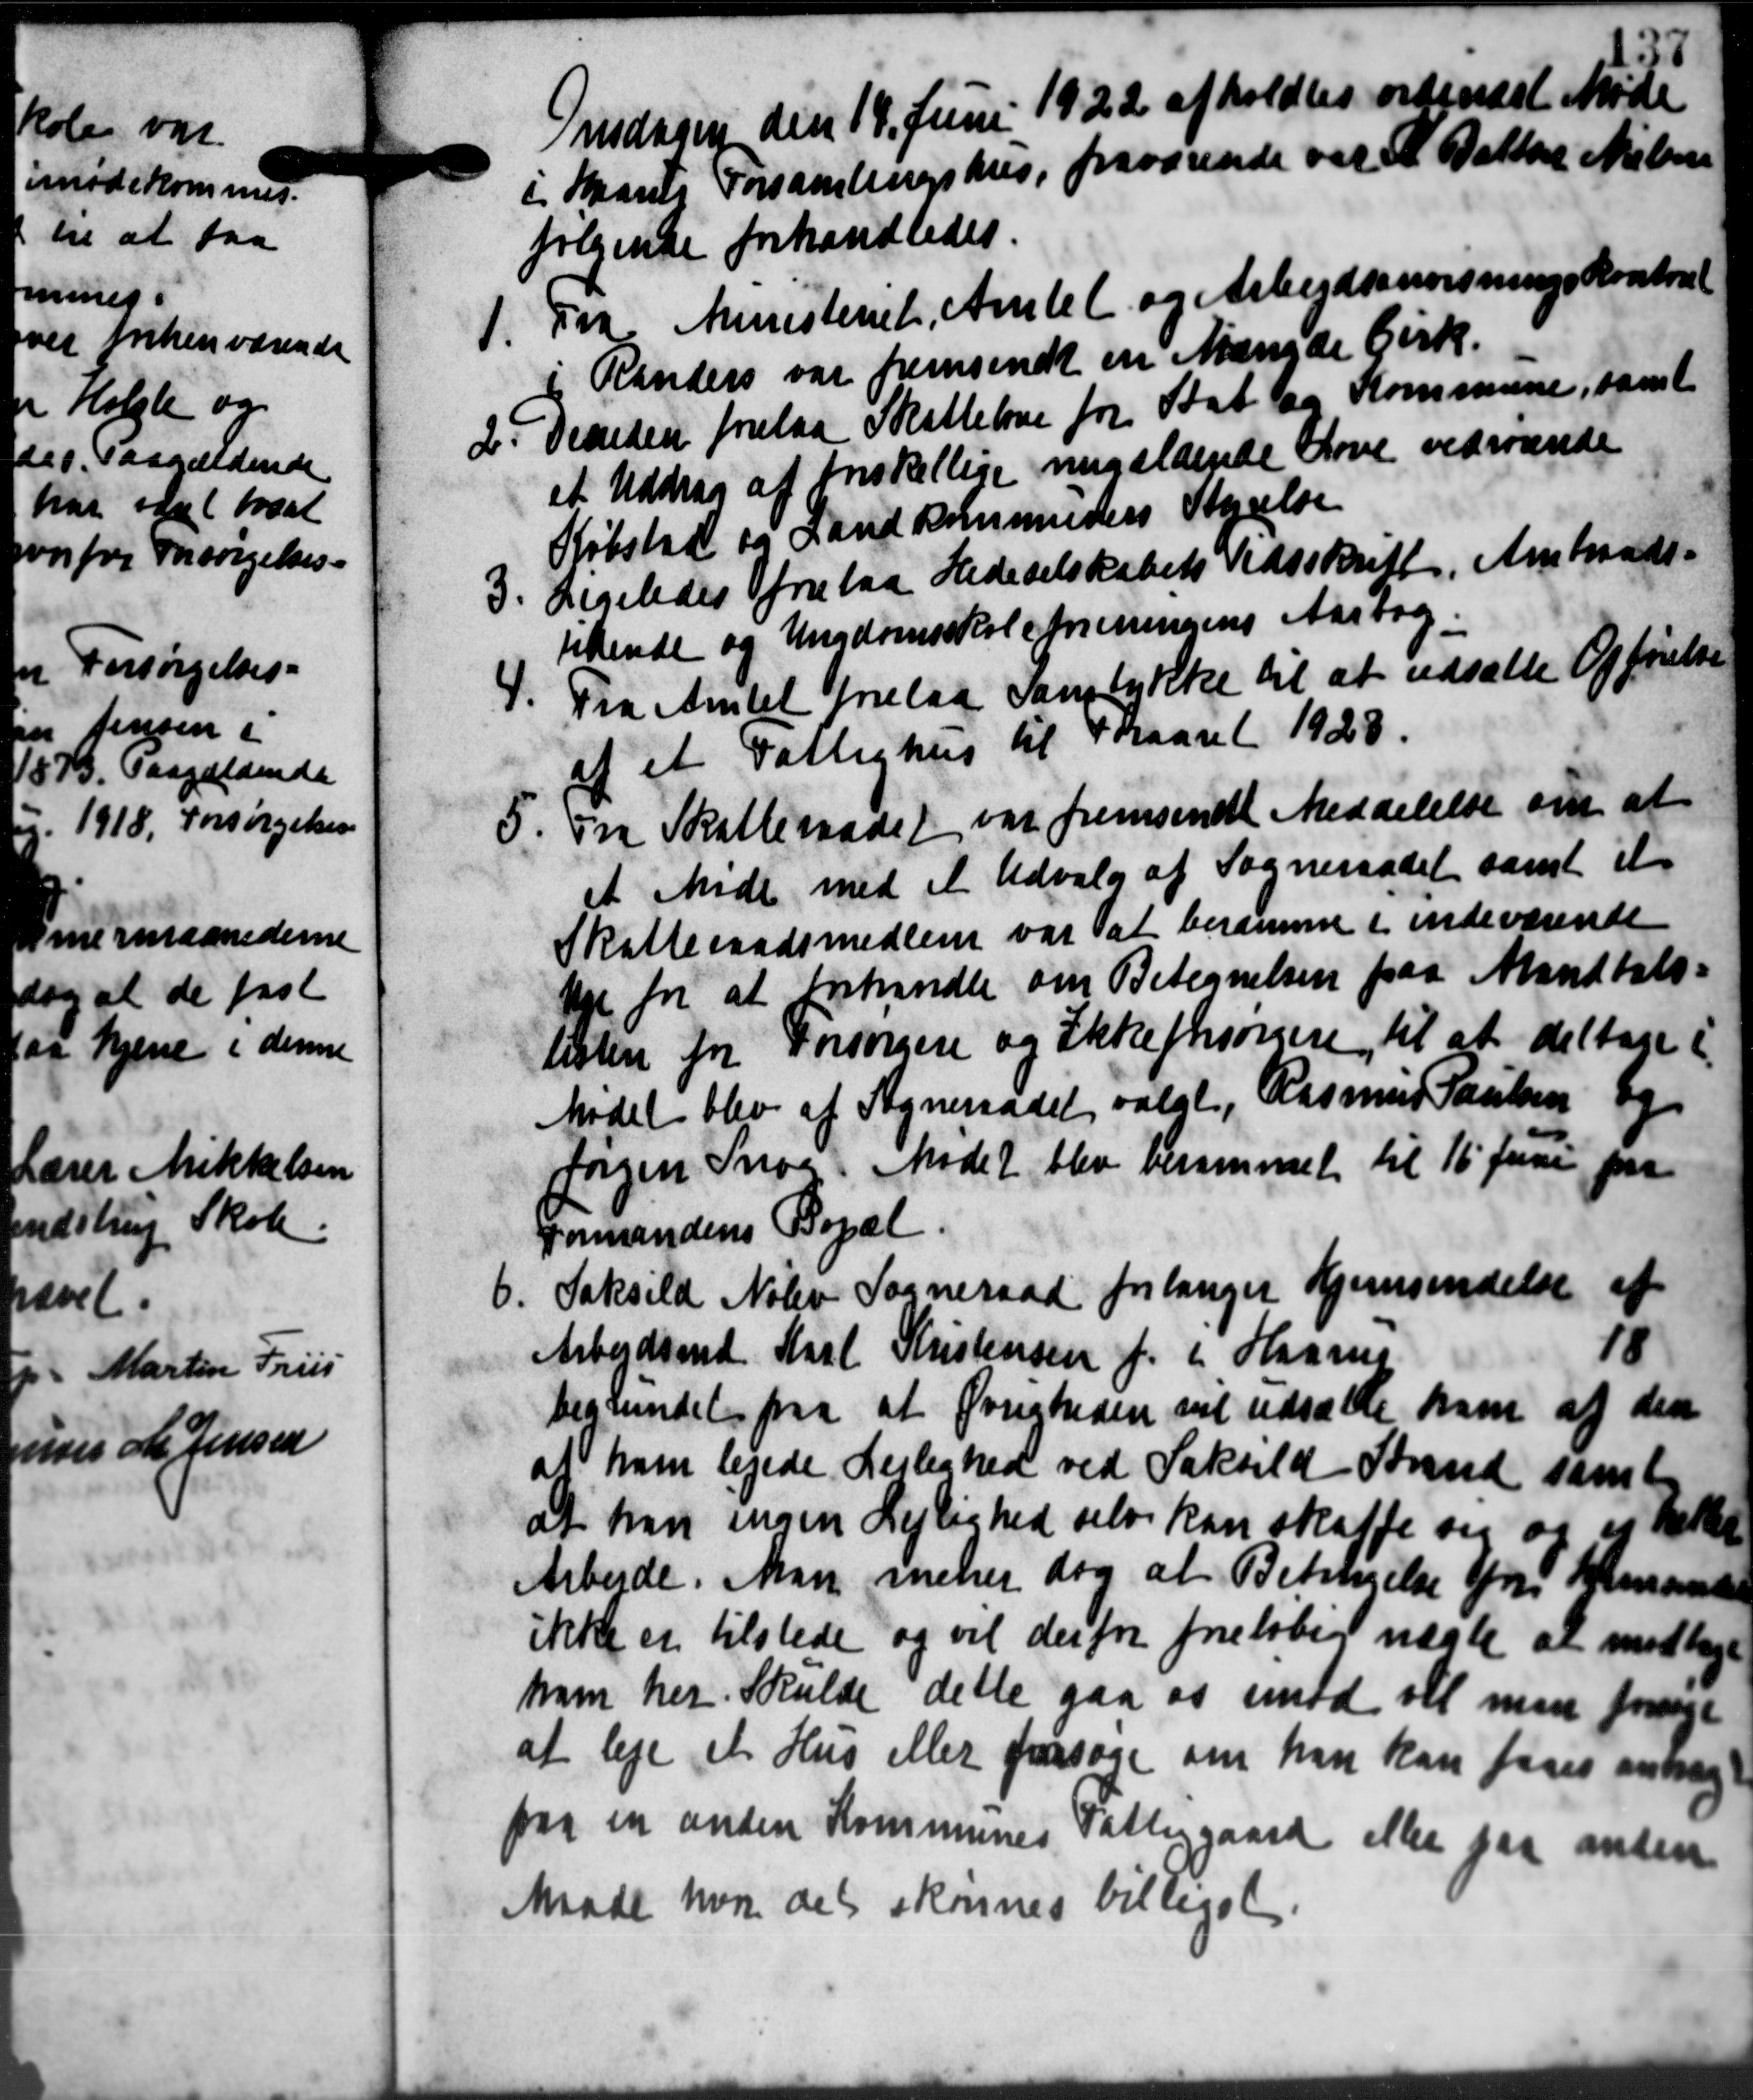
Transskription:
at

Onsdagen den 14. Juni 1922 afholdtes ordinært Møde
i Hans Forsamlingshus, fraværende var A. Datten Nielsen
følgende forhandledes.
1. Fra Ministeriet, Amtet og Arbejdsanvisningskontral
1. Fra Ministeriet, Amtet og Arbejdsanvisningskontral
i Randers var fremsendt en Mængde Cirk.
2. Desiden forelaa Skattelse for Stat og Kommune, samt
2. Desiden forelaa Skattelse for Stat og Kommune, samt
et Uddrag af forskellige nugældende Love vedrørende
Købstad og Landkommenders styrelse
3. Ligeledes forelaa Hedeselskabets Tidsskrift, Amtsraads-
tidende og Ungdomsskoleforeningens Aarsag.
4. Fra Amtet forelaa Samtykke til at udsætte Opførelse
4. Fra Amtet forelaa Samtykke til at udsætte Opførelse
af et Fattighus til Foraaret 1928.
5. Fra Skatteraadet var fremsendt Meddelelse om at
5. Fra Skatteraadet var fremsendt Meddelelse om at
et Møde med et Udvalg af Sogneraadet samt et
Skatteraadsmedlem var at beramme i indeværende
Uge for at forhandle om Betegnelsen paa Mandtals-
listen for Forsørgere og ikke forsørgere til at deltage i
Mødet blev af Sogneraadet valgt, Rasmus Poulsen og
Jørgen Snog. Mødet blev berammet til 16 Juni paa
Formandens Bopæl
6.
Saksild Nølev Sogneraad forlanger Hjemsendelse af
Arbejdsmd Karl Kristensen f. i Haarus
18
begrundet paa at Overheden vil udsætte ham af den
at ham lejede Lejlighed ved Saksild Strand samt
at han ingen Lejlighed selv kan skaffe sig og et heller
Arbejde. Man mener dog at Betingelse fra Homande
ikke er tilstede og vil derfor foreløbig nægte at medtage
ham her. Skulde dette gaa os imod vil men forrige
at leje et Hus eller forsøge om han kan faaes andrag
paa en anden Kommunes Fattiggaard eller paa ansen
Maade hvor det skønnes billiget